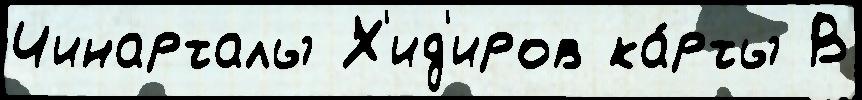
Чинарталы Х'ид'иров ка́рты В